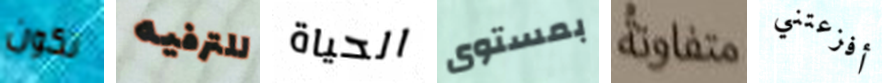
تكون للترفيه الحياة بمستوى متفاوتة أفزعتني